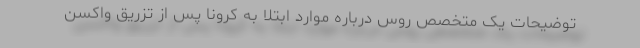
توضیحات یک متخصص روس درباره موارد ابتلا به کرونا پس از تزریق واکسن